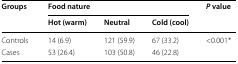
<table><thead><tr><td rowspan="2"><b>Groups</b></td><td colspan="3"><b>Food nature</b></td><td rowspan="2"><b><i>P</i> value</b></td></tr><tr><td><b>Hot (warm)</b></td><td><b>Neutral</b></td><td><b>Cold (cool)</b></td></tr></thead><tbody><tr><td>Controls</td><td>14 (6.9)</td><td>121 (59.9)</td><td>67 (33.2)</td><td>&lt;0.001*</td></tr><tr><td>Cases</td><td>53 (26.4)</td><td>103 (50.8)</td><td>46 (22.8)</td><td></td></tr></tbody></table>